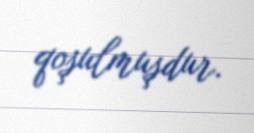
qoşulmuşdur.